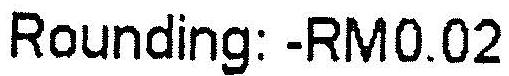
ROUNDING: -RM0.02